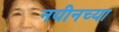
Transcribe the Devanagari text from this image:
नयीनच्या